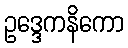
ဥဒ္ဒေကနိကော